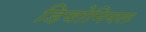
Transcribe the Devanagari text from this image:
डिवोनियल